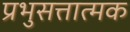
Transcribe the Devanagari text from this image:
प्रभुसत्तात्मक